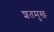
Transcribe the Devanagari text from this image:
शतमुखः